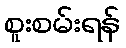
စူးစမ်းရန်